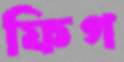
ফিগ